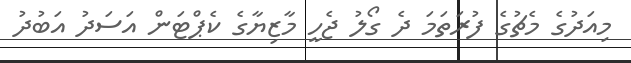
މިއަދުގެ މެޗުގެ ފުރަތަމަ ދެ ގޯލު ޖެހީ މާޒިޔާގެ ކެޕްޓަން އަސަދު އަބުދު